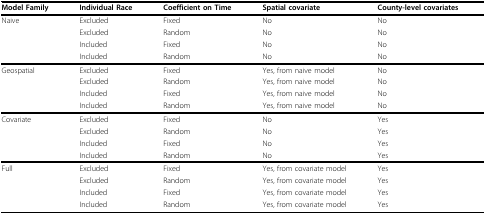
<table><thead><tr><td><b>Model Family</b></td><td><b>Individual Race</b></td><td><b>Coefficient on Time</b></td><td><b>Spatial covariate</b></td><td><b>County-level covariates</b></td></tr></thead><tbody><tr><td>Naive</td><td>Excluded</td><td>Fixed</td><td>No</td><td>No</td></tr><tr><td></td><td>Excluded</td><td>Random</td><td>No</td><td>No</td></tr><tr><td></td><td>Included</td><td>Fixed</td><td>No</td><td>No</td></tr><tr><td></td><td>Included</td><td>Random</td><td>No</td><td>No</td></tr><tr><td>Geospatial</td><td>Excluded</td><td>Fixed</td><td>Yes, from naive model</td><td>No</td></tr><tr><td></td><td>Excluded</td><td>Random</td><td>Yes, from naive model</td><td>No</td></tr><tr><td></td><td>Included</td><td>Fixed</td><td>Yes, from naive model</td><td>No</td></tr><tr><td></td><td>Included</td><td>Random</td><td>Yes, from naive model</td><td>No</td></tr><tr><td>Covariate</td><td>Excluded</td><td>Fixed</td><td>No</td><td>Yes</td></tr><tr><td></td><td>Excluded</td><td>Random</td><td>No</td><td>Yes</td></tr><tr><td></td><td>Included</td><td>Fixed</td><td>No</td><td>Yes</td></tr><tr><td></td><td>Included</td><td>Random</td><td>No</td><td>Yes</td></tr><tr><td>Full</td><td>Excluded</td><td>Fixed</td><td>Yes, from covariate model</td><td>Yes</td></tr><tr><td></td><td>Excluded</td><td>Random</td><td>Yes, from covariate model</td><td>Yes</td></tr><tr><td></td><td>Included</td><td>Fixed</td><td>Yes, from covariate model</td><td>Yes</td></tr><tr><td></td><td>Included</td><td>Random</td><td>Yes, from covariate model</td><td>Yes</td></tr></tbody></table>